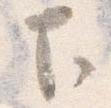
下